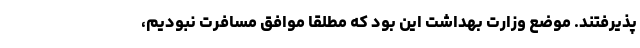
پذیرفتند. موضع وزارت بهداشت این بود که مطلقا موافق مسافرت نبودیم،